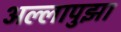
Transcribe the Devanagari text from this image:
अल्लापुझा